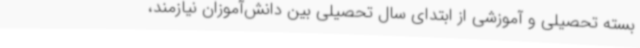
بسته تحصیلی و آموزشی از ابتدای سال تحصیلی بین دانش‌آموزان نیازمند،